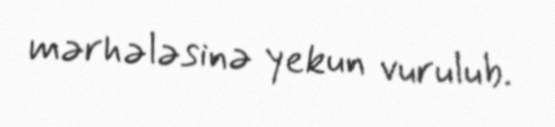
mərhələsinə yekun vurulub.